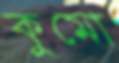
কুমো